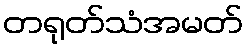
တရုတ်သံအမတ်